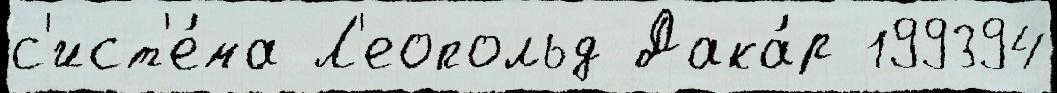
с'ист'е́ма Л'еопольд Дака́р 199394